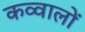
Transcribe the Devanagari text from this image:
कव्वालों